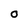
Character: o